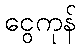
ငွေကုန်